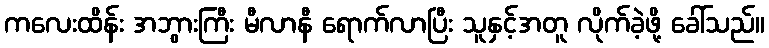
ကလေးထိန်း အဘွားကြီး မီလာနီ ရောက်လာပြီး သူနှင့်အတူ လိုက်ခဲ့ဖို့ ခေါ်သည်။